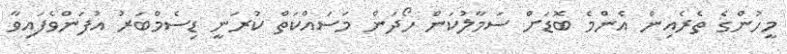
މީހުންގެ ތެރެއިން އެންމެ ބޮޑަށް ސަމާލުކަން ހޯދަން މަސައްކަތް ކުރަނީ ޑިސެމްބަރު އުފަންވެފައިވާ